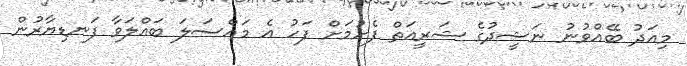
މިއަދު ބޭއްވުނު ނަޝީދުގެ ޝަރީއަތް ފެށުމަށް ފަހު އެ މައްސަލަ ބައްލަވާ ފަނޑިޔާރުން